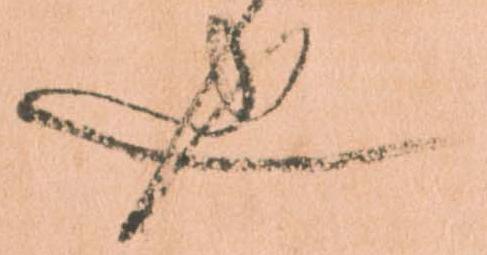
也